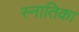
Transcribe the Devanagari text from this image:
स्नातिका